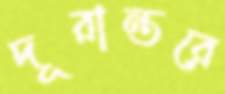
দূরান্তরে